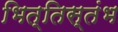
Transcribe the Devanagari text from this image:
भित्तिस्तंभ